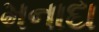
મનાદા